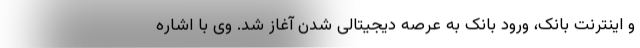
و اینترنت بانک، ورود بانک به عرصه دیجیتالی شدن آغاز شد. وی با اشاره